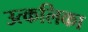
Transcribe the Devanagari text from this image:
उत्‍कलिका